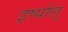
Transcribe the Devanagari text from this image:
इर्ष्यालु